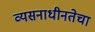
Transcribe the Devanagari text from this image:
व्यसनाधीनतेचा